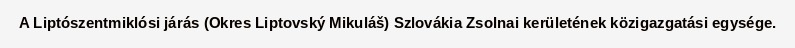
A Liptószentmiklósi járás (Okres Liptovský Mikuláš) Szlovákia Zsolnai kerületének közigazgatási egysége.